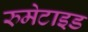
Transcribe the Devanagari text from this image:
रुमेटाइड